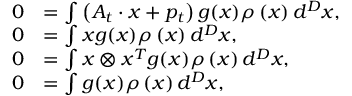
\begin{array} { r l } { 0 } & { = \int \left( A _ { t } \cdot x + p _ { t } \right) g ( x ) \rho \left( x \right) d ^ { D } x , } \\ { 0 } & { = \int x g ( x ) \rho \left( x \right) d ^ { D } x , } \\ { 0 } & { = \int x \otimes x ^ { T } g ( x ) \rho \left( x \right) d ^ { D } x , } \\ { 0 } & { = \int g ( x ) \rho \left( x \right) d ^ { D } x , } \end{array}